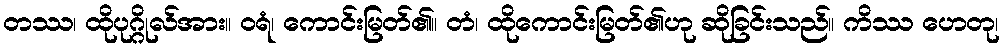
တဿ၊ ထိုပုဂ္ဂိုလ်အား။ ဝရံ၊ ကောင်းမြတ်၏။ တံ၊ ထိုကောင်းမြတ်၏ဟု ဆိုခြင်းသည်။ ကိဿ ဟေတု၊